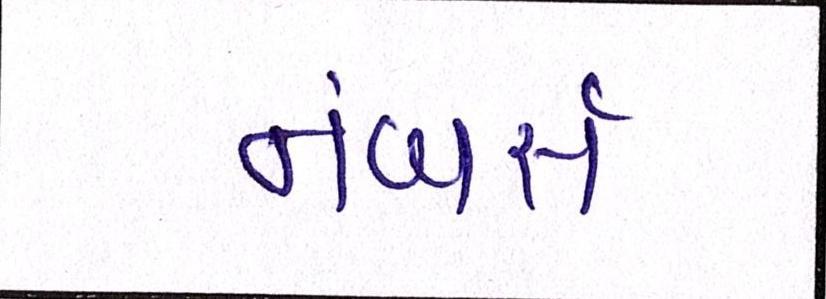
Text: નંબર્સ